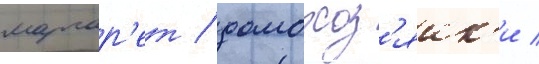
маргар'ет / домохоз'яик'и /